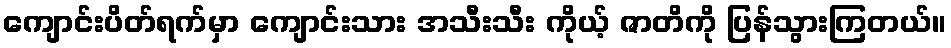
ကျောင်းပိတ်ရက်မှာ ကျောင်းသား အသီးသီး ကိုယ့် ဇာတိကို ပြန်သွားကြတယ်။